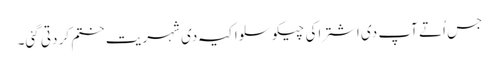
جس اُتے آپ د‏‏ی اشتراکی چیکوسلواکیہ د‏‏ی شہریت ختم کر دتی گئی۔